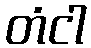
တံငါ